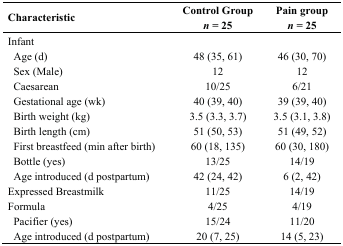
<table><thead><tr><td><b>Characteristic</b></td><td><b>Control Group <i>n</i> = 25</b></td><td><b>Pain group <i>n</i> = 25</b></td></tr></thead><tbody><tr><td>Infant</td><td></td><td></td></tr><tr><td>Age (d)</td><td>48 (35, 61)</td><td>46 (30, 70)</td></tr><tr><td>Sex (Male)</td><td>12</td><td>12</td></tr><tr><td>Caesarean</td><td>10/25</td><td>6/21</td></tr><tr><td>Gestational age (wk)</td><td>40 (39, 40)</td><td>39 (39, 40)</td></tr><tr><td>Birth weight (kg)</td><td>3.5 (3.3, 3.7)</td><td>3.5 (3.1, 3.8)</td></tr><tr><td>Birth length (cm)</td><td>51 (50, 53)</td><td>51 (49, 52)</td></tr><tr><td>First breastfeed (min after birth)</td><td>60 (18, 135)</td><td>60 (30, 180)</td></tr><tr><td>Bottle (yes)</td><td>13/25</td><td>14/19</td></tr><tr><td>Age introduced (d postpartum)</td><td>42 (24, 42)</td><td>6 (2, 42)</td></tr><tr><td>Expressed Breastmilk</td><td>11/25</td><td>14/19</td></tr><tr><td>Formula</td><td>4/25</td><td>4/19</td></tr><tr><td>Pacifier (yes)</td><td>15/24</td><td>11/20</td></tr><tr><td>Age introduced (d postpartum)</td><td>20 (7, 25)</td><td>14 (5, 23)</td></tr></tbody></table>